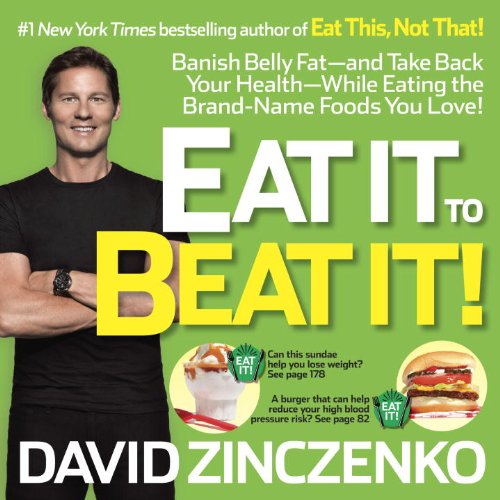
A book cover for Eat It to Beat It!: Banish Belly Fat-and Take Back Your Health-While Eating the Brand-Name Foods You Love!; David Zinczenko; Health, Fitness & Dieting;